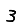
Digit: 3